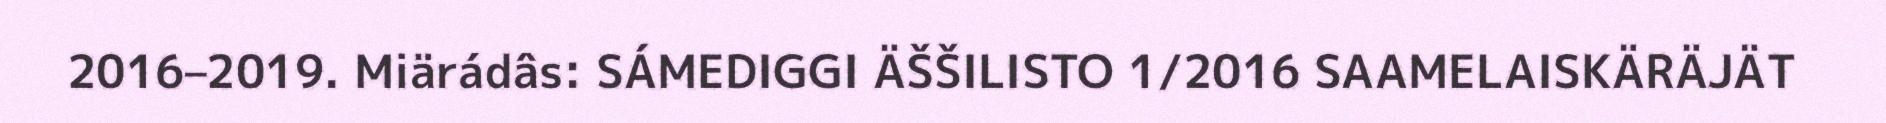
2016–2019. Miärádâs: SÁMEDIGGI ÄŠŠILISTO 1/2016 SAAMELAISKÄRÄJÄT